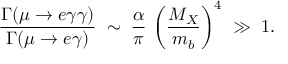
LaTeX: \frac { \Gamma ( \mu \to e \gamma \gamma ) } { \Gamma ( \mu \to e \gamma ) } \; \sim \; \frac { \alpha } { \pi } \, \left( \frac { M _ { X } } { m _ { b } } \right) ^ { 4 } \; \gg \; 1 .